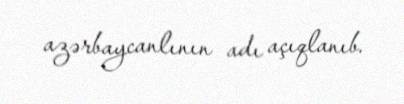
azərbaycanlının adı açıqlanıb.